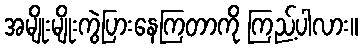
အမျိုးမျိုးကွဲပြားနေကြတာကို ကြည့်ပါလား။